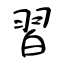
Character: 習